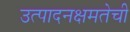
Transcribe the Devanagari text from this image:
उत्पादनक्षमतेची